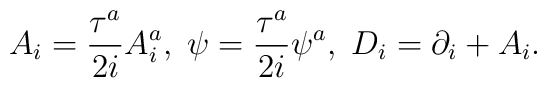
A_i=\frac{\tau^a}{2i}A_i^a,\; \psi =\frac{\tau^a}{2i}\psi^a,\;D_i=\partial_i+A_i.